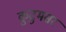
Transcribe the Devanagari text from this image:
कुटुमसर